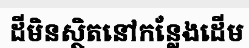
ដីមិនស្ថិតនៅកន្លែងដើម